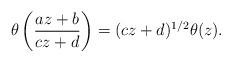
LaTeX: \begin{align*}\theta\left(\frac{az+b}{cz+d}\right)=(cz+d)^{1/2}\theta(z).\end{align*}